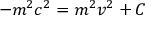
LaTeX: - m ^ { 2 } c ^ { 2 } = m ^ { 2 } v ^ { 2 } + C